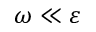
\omega \ll \varepsilon